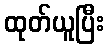
ထုတ်ယူပြီး